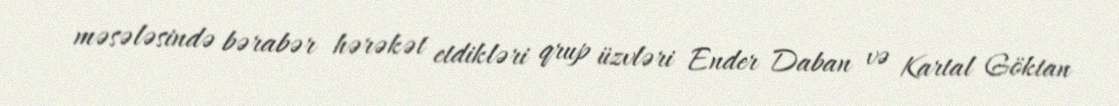
məsələsində bərabər hərəkət etdikləri qrup üzvləri Ender Daban və Kartal Göktan